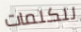
للكلمات